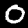
Digit: 0